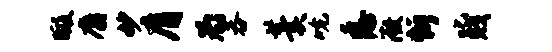
暇麝妙膺为吞羹吮悉微忻叱贱